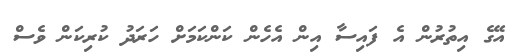
އޭގެ އިތުރުން އެ ފައިސާ އިން އެހެން ކަންކަމަށް ހަރަދު ކުރިކަން ވެސް